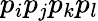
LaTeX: p_{i}p_{j}p_{k}p_{l}